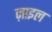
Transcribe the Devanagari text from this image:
ज़ाइल